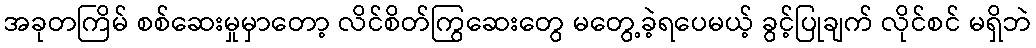
အခုတကြိမ် စစ်ဆေးမှုမှာတော့ လိင်စိတ်ကြွဆေးတွေ မတွေ့ခဲ့ရပေမယ့် ခွင့်ပြုချက် လိုင်စင် မရှိဘဲ